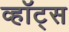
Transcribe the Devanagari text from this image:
व्हॉट्स